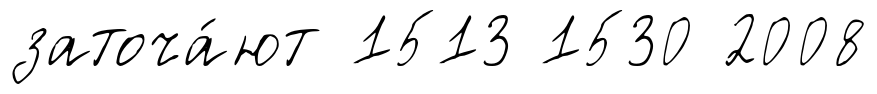
заточа́ют 1513 1530 2008